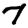
Digit: 7